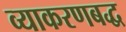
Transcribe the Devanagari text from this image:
व्याकरणबद्ध